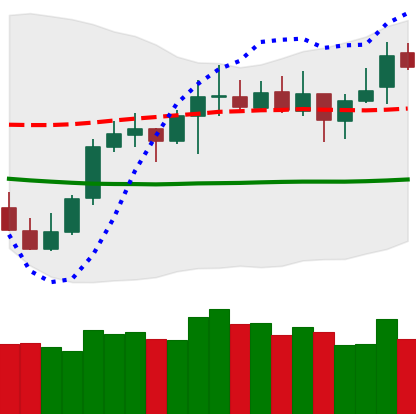
Ticker: LTC-USD
Chart end date: 2021-10-16
Forward return: 5.736%
Label: up_5_7